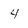
Character: 4